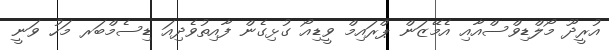
އުރީދޫ މޯލްޑިވްސްއާއި އެމޭޒަން ޕްރައިމް ވީޑިއޯ ގުޅިގެން ފާއިތުވެދިއަ ޑިސެމްބަރ މަހު ވަނީ